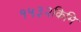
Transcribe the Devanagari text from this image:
१५३२किमि